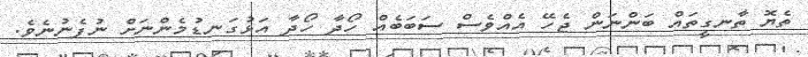
ތެޔޮ ތާނގީތައް ބަންނަން ޖެހޭ އެއްވެސް ސަބަބެއް ހޯދާ ހޯދާ އަޅުގަނޑުމެންނަށް ނުފެނުނެވެ.